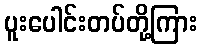
ပူးပေါင်းတပ်တို့ကြား